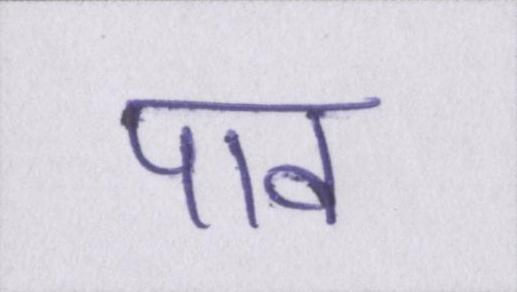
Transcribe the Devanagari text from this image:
पाव